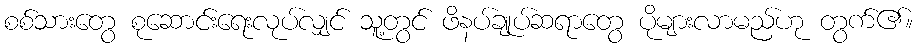
စစ်သားတွေ စုဆောင်းရေးလုပ်လျှင် သူ့တွင် ဖိနပ်ချုပ်ဆရာတွေ ပိုများလာမည်ဟု တွက်၏။